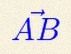
\vec{AB}